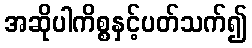
အဆိုပါကိစ္စနှင့်ပတ်သက်၍